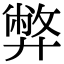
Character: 弊